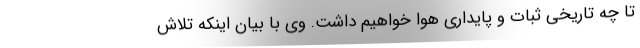
تا چه تاریخی ثبات و پایداری هوا خواهیم داشت. وی با بیان اینکه تلاش